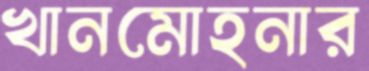
খানমোহনার